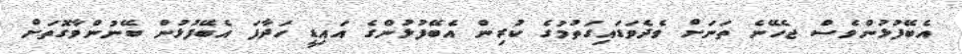
އެބޭފުޅުންވެސް ޖެހޭނެ ތަނަށް ވެދެވަޑައިގަތުމުގެ ކުރިން އެބޭފުޅުންގެ އައިޑީ ހަދާފަ އެބޭފުޅުން ބޭނުންވާގޮތަށް